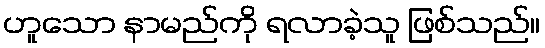
ဟူသော နာမည်ကို ရလာခဲ့သူ ဖြစ်သည်။